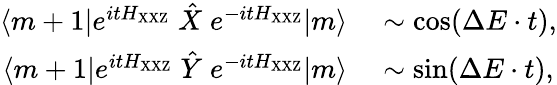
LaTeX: \begin{array}{rl}{\langle m+1|e^{itH_{\mathrm{XXZ}}}\; \hat{X}\; e^{-itH_{\mathrm{XXZ}}}|m\rangle}&{{}\sim\mathrm{cos}(\Delta E\cdot t),}\\ {\langle m+1|e^{itH_{\mathrm{XXZ}}}\; \hat{Y}\; e^{-itH_{\mathrm{XXZ}}}|m\rangle}&{{}\sim\mathrm{sin}(\Delta E\cdot t),}\end{array}